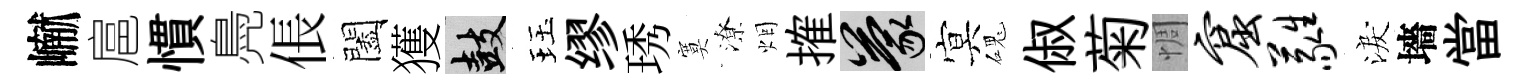
𪩘扈慣鳧倀闔獲鼓珏缪琇寞潦烟搉蒙㝠磈俶菊惆窟蕤淚墻當